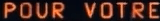
POUR VOTRE